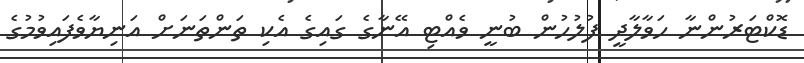
ޑޮކްޓަރުންނާ ހަވާލާދީ ފުލުހުން ބުނީ ވެއްޓި އޭނާގެ ގައިގެ އެކި ތަންތަނަށް އަނިޔާވެފައިވުމުގެ